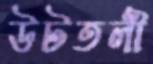
উটতলী